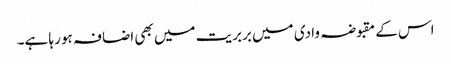
اس کے مقبوضہ وادی میں بربریت میں بھی اضافہ ہو رہا ہے۔